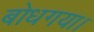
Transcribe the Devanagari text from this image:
बोधगया।